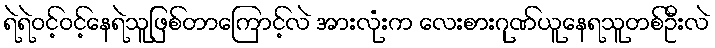
ရဲရဲဝင့်ဝင့်နေရဲသူဖြစ်တာကြောင့်လဲ အားလုံးက လေးစားဂုဏ်ယူနေရသူတစ်ဦးလဲ